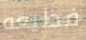
فظيعه